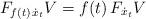
LaTeX: \begin{align*} F_{f(t)\,\dot{x}_{t}}V=f(t)\,F_{\dot{x}_{t}}V\end{align*}